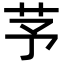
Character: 芧